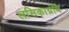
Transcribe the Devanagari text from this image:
लसिकाग्रंथि